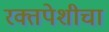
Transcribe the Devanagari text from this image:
रक्तपेशीचा